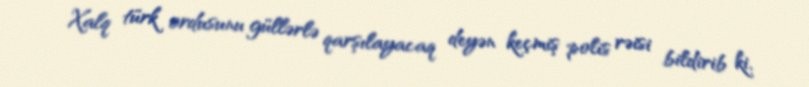
Xalq türk ordusunu güllərlə qarşılayacaq deyən keçmiş polis rəisi bildirib ki,